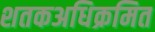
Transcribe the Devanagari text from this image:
शतकअधिक्रमित